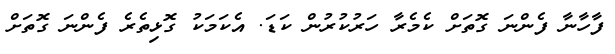
ފާހާނާ ފެންނަ ގޮތަށް ކެމެރާ ހަރުކުރުން ކަޑަ. އެކަމަކު ގޮޅިތެރެ ފެންނަ ގޮތަށް